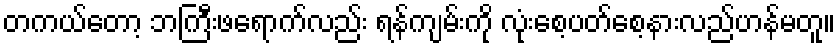
တကယ်တော့ ဘကြီးဖရောက်လည်း ရန်ကျမ်းကို လုံးစေ့ပတ်စေ့နားလည်ဟန်မတူ။